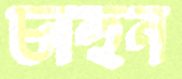
চাহুন